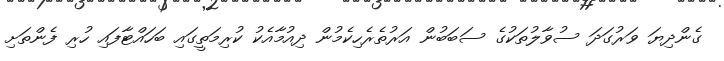
ގެންދިޔަ ވަރުގަދަ ސުވާލުތަކުގެ ސަބަބުން އަރުތެރެހިކެމުން ދިއުމާއެކު ކުރިމަތީގައި ބަހައްޓާފައި ހުރި ފެންތަށި